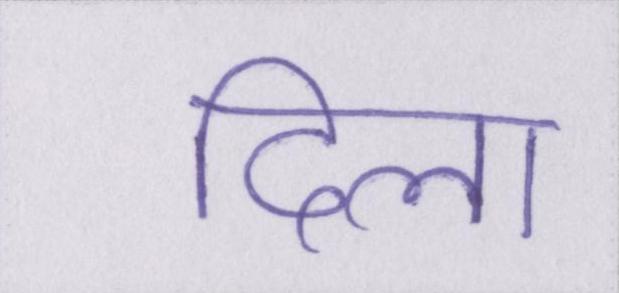
दिला